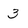
Character: 3